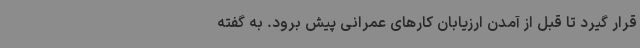
قرار گیرد تا قبل از آمدن ارزیابان کارهای عمرانی پیش برود. به گفته